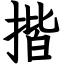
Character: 揩